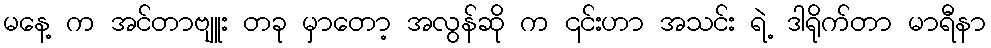
မနေ့ က အင်တာဗျူး တခု မှာတော့ အလွန်ဆို က ၎င်းဟာ အသင်း ရဲ့ ဒါရိုက်တာ မာရီနာ